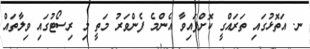
ނ. އަތޮޅުގައި ތަރައްގީ ކޮށްފައިވާ އެންމެ ފެންވަރު މަތީ މި ރިސޯޓުގައި ވިލާތައް